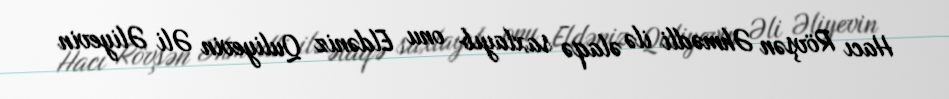
Hacı Rövşən Əhmədli ilə əlaqə saxlayıb onu Eldəniz Quliyevin Əli Əliyevin